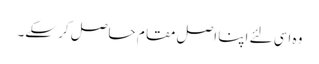
وہ اسی لئے اپنا اصل مقا م حاصل کر سکے۔